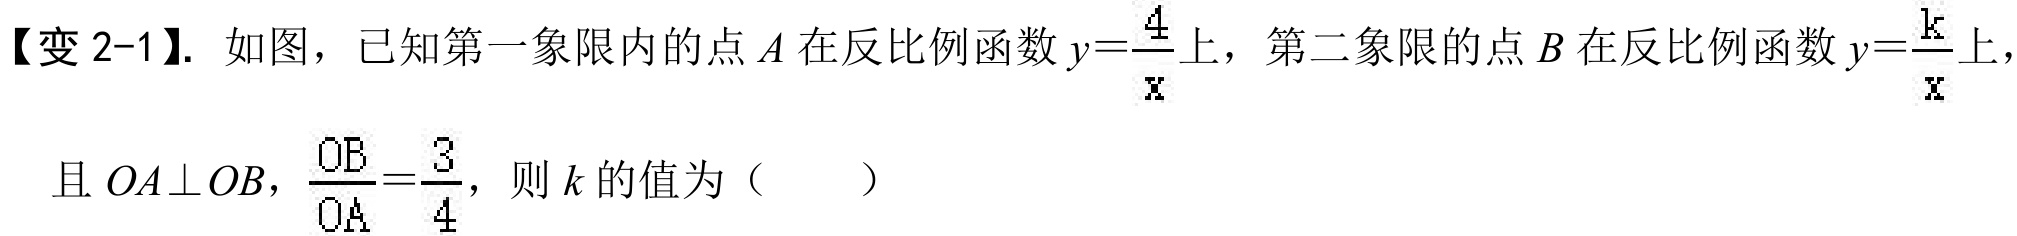
【变 2-1】. 如图，已知第一象限内的点$A$在反比例函数$y = \frac{4}{x}$上，第二象限的点$B$在反比例函数$y=\frac{k}{x}$上，且$OA\perp OB$，$\frac{OB}{OA}=\frac{3}{4}$，则$k$的值为（  ）